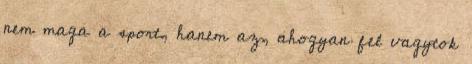
nem maga a sport, hanem az, ahogyan fel vagytok